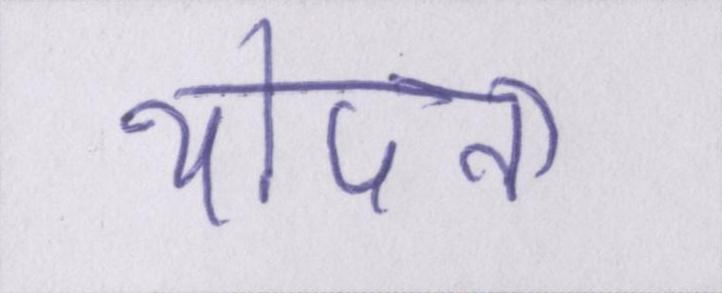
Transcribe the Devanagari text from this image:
थोपना